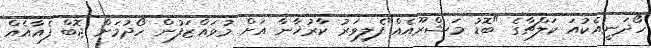
ހޯދަނީއެކުއަ ކަލްޗާގެ "ބޮޑު މަޝްރޫއެއް"ފެލިވަރު ކާރުޚާނާ އަށް މުވައްޒަފުން ހޯދުމަށް ޖޮބް ފެއާއެއް